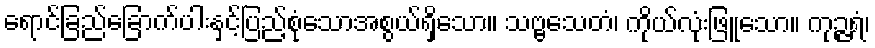
ရောင်ခြည်ခြောက်ပါးနှင့်ပြည့်စုံသောအစွယ်ရှိသော။ သဗ္ဗသေတံ၊ ကိုယ်လုံးဖြူသော။ ကုဉ္ဇရံ၊